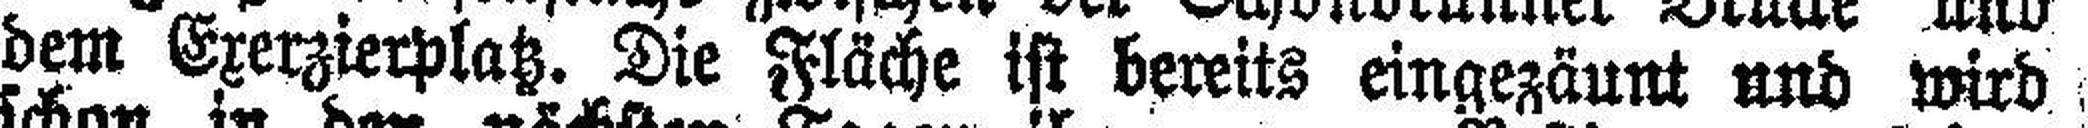
dem Exerzierplatz. Die Fläche ist bereits eingezäunt und wird